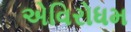
એવિરોધમ